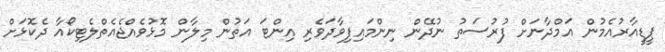
ޕީޑީއާރުއެމުން އަމްދާނަށް ފުރުސަތު ނުދޭން ނިންމައިފިވާދަވެރި އިންޓަ އަތުން މިލާން މޮޅުވެއްޖެއެތްލެޓިކޯއާ ދެކޮޅަށް